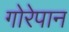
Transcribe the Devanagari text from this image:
गोरेपान